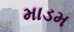
માડમ